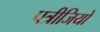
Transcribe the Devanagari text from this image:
पत्रीजियो